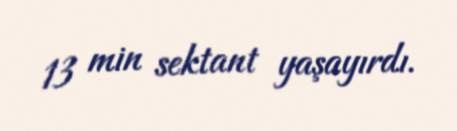
13 min sektant yaşayırdı.